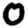
Digit: 0